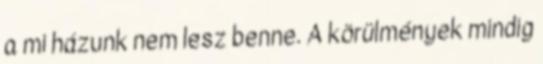
a mi házunk nem lesz benne. A körülmények mindig